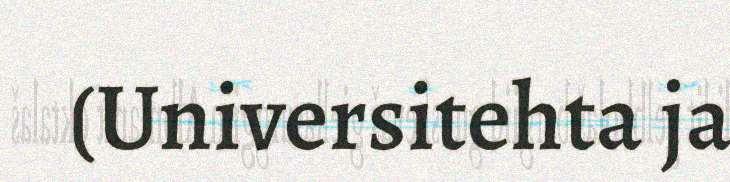
(Universitehta ja